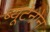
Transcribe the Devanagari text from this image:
ब्यूटेनोन